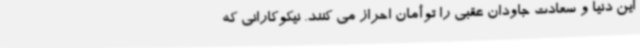
این دنیا و سعادت جاودان عقبی را توأمان احراز می کنند. نیکوکارانی که